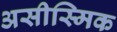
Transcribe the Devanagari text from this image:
असीस्मिक